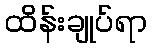
ထိန်းချုပ်ရာ